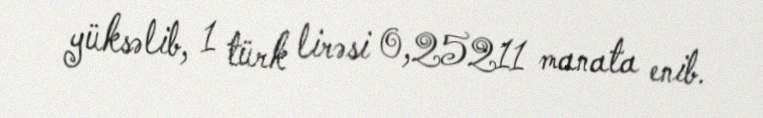
yüksəlib, 1 türk lirəsi 0,25211 manata enib.